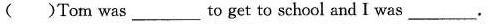
( )Tom was___ to get to school and I was___.